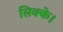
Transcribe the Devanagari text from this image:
सिक्के।